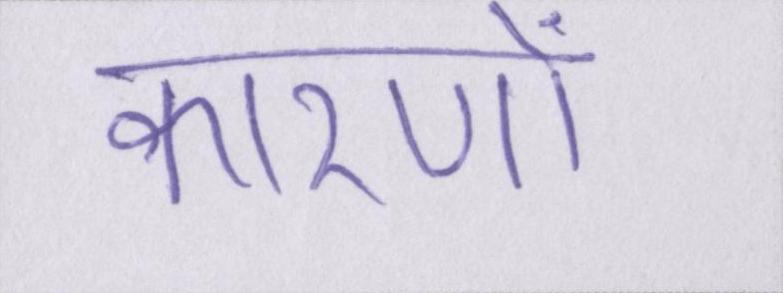
कारणों